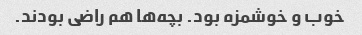
خوب و خوشمزه بود. بچه‌ها هم راضی بودند.